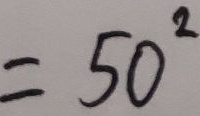
= 5 0 ^ { 2 }